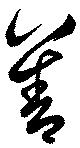
善